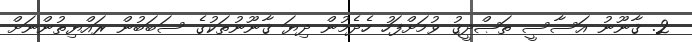
2. ޤާނޫނު އަސާސީ ތަޞްދީޤު ވުމަށްފަހު ހެދެމުން ދިޔަ ޤާނޫނުތަކުގެ ސަބަބުން ރައްޔިތުންނަށް